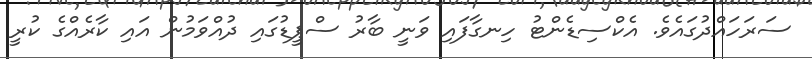
ސަރަހައްދުގައެވެ. އެކްސިޑެންޓު ހިނގާފައި ވަނީ ބާރު ސްޕީޑުގައި ދުއްވަމުން އައި ކާރެއްގެ ކުރީ